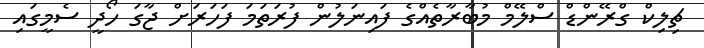
ޗިލިކް ގްރޭންޑް ސްލޭމް މުބާރާތެއްގެ ފައިނަލުން ފުރަތަމަ ފަހަރަށް ޖާގަ ހޯދީ ސެމީގައި